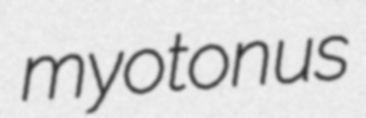
myotonus